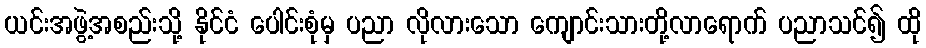
ယင်းအဖွဲ့အစည်းသို့ နိုင်ငံ ပေါင်းစုံမှ ပညာ လိုလားသော ကျောင်းသားတို့လာရောက် ပညာသင်၍ ထို